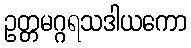
ဥတ္တမဂ္ဂရသဒါယကော